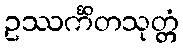
ဥဿင်္ကိတသုတ္တံ